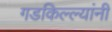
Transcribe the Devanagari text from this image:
गडकिल्ल्यांनी